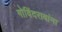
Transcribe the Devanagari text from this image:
गोविंदरावांना